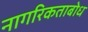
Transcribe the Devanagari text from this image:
नागरिकताबोध